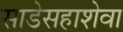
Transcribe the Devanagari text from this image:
साडेसहाशेवा